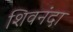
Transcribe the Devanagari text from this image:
शिवनंदा